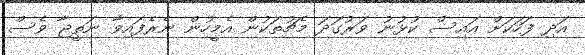
އަދި ފަހަކަށް އައިސް ކުޅުނު ވަރުގަދަ މެޗުތަކުން އެމީހުން ނެރެފައިވާ ނަތީޖާ ވެސް